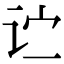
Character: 𬣞